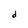
Character: d